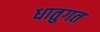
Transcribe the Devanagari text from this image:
धातुगत